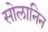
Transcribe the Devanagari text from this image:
सोलानिन